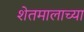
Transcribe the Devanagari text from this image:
शेतमालाच्या